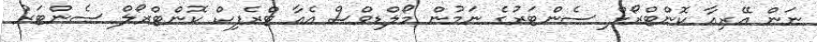
ނަން އޭރިއާ ކޮންޓްރޯލް ސެންޓަރުގެ ނަމުން މޯލްޑިވްސް އެއާ ޓްރެފިކް ކޮންޓްރޯލް ސެންޓަރު